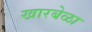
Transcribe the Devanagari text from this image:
खारबेळा